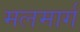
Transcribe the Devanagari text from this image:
मलमार्ग